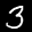
Label: 3